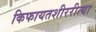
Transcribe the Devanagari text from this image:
किफायतशीररीत्या